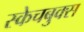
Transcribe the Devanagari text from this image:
स्केचबुक्स